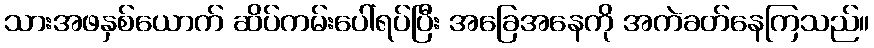
သားအဖနှစ်ယောက် ဆိပ်ကမ်းပေါ်ရပ်ပြီး အခြေအနေကို အကဲခတ်နေကြသည်။